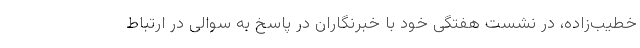
خطیب‌زاده، در نشست هفتگی خود با خبرنگاران در پاسخ به سوالی در ارتباط